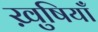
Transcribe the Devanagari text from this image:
ख़ुषियाँ